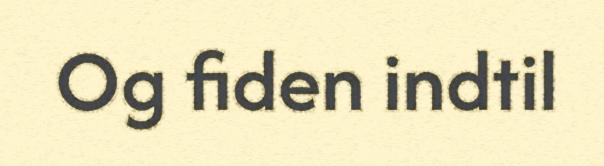
Og fiden indtil